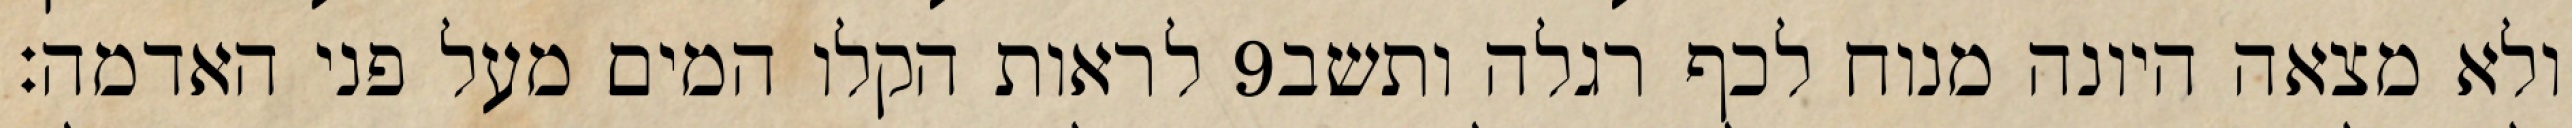
לראות הקלו המים מעל פני האדמה׃ ‎9‏ ולא מצאה היונה מנוח לכף רגלה ותשב